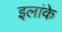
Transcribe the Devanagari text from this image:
इलांके